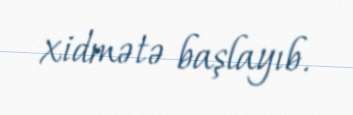
xidmətə başlayıb.